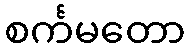
စင်္ကမတော